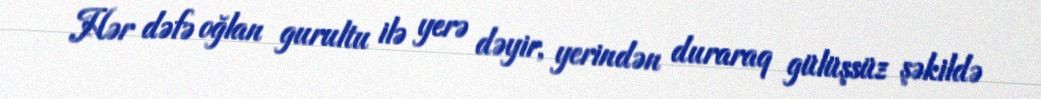
Hər dəfə oğlan gurultu ilə yerə dəyir, yerindən duraraq gülüşsüz şəkildə